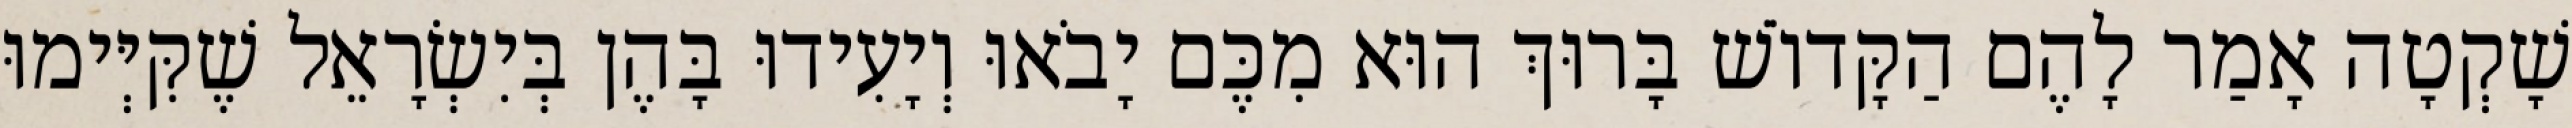
שָׁקְטָה אָמַר לָהֶם הַקָּדוֹשׁ בָּרוּךְ הוּא מִכֶּם יָבֹאוּ וְיָעִידוּ בָּהֶן בְּיִשְׂרָאֵל שֶׁקִּיְּימוּ